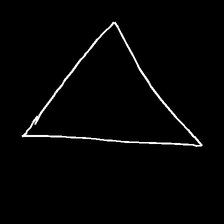
Glyph: convergence